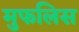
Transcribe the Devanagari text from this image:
मुफलिस